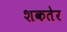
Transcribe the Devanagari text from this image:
शकतेर